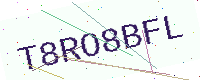
Text: T8RO8BFL